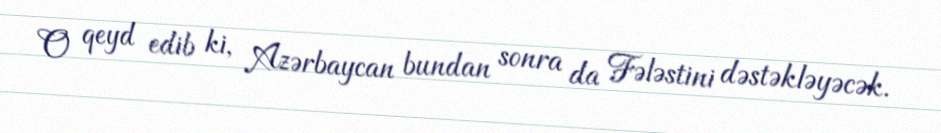
O qeyd edib ki, Azərbaycan bundan sonra da Fələstini dəstəkləyəcək.